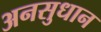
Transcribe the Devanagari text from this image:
अनसुधान